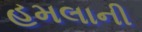
હમલાની